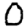
Digit: 0